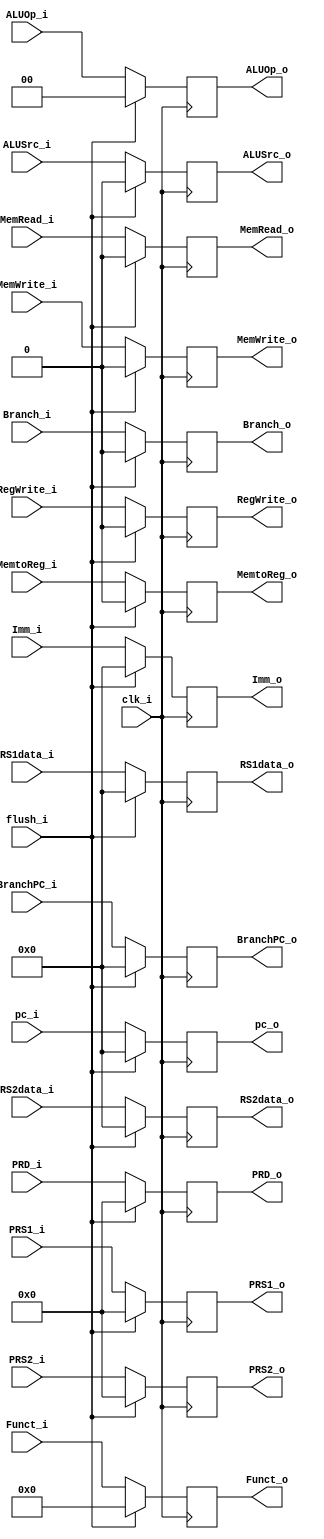
//add pc and Branchpc
module IDEX
(
    //WriteReg for data to write register, RegWrite for RegWrite signal; PRS1,2 are Instruction[19:15] 
    //and Instruction[24:20],PRDf is for instruction[11-7]
    RS1data_i, RS2data_i, Imm_i, Funct_i, RegWrite_i, MemtoReg_i, MemRead_i, MemWrite_i, ALUOp_i,
    ALUSrc_i,PRS1_i, PRS2_i, PRD_i,clk_i,Branch_i,pc_i,BranchPC_i,flush_i,

    RS1data_o, RS2data_o, Imm_o, Funct_o, RegWrite_o, MemtoReg_o, MemRead_o, MemWrite_o,
    ALUOp_o, ALUSrc_o, PRS1_o, PRS2_o, PRD_o,Branch_o,pc_o,BranchPC_o
);
input [31:0] RS1data_i, RS2data_i, Imm_i,pc_i,BranchPC_i;
input RegWrite_i, MemtoReg_i, MemRead_i, MemWrite_i, ALUSrc_i, clk_i,Branch_i,flush_i;
input [1:0] ALUOp_i;
input [4:0] PRS1_i,PRS2_i,PRD_i;
input [9:0] Funct_i;

output [31:0] RS1data_o, RS2data_o, Imm_o,pc_o;
output RegWrite_o, MemtoReg_o, MemRead_o, MemWrite_o, ALUSrc_o,Branch_o;
output [1:0] ALUOp_o;
output [4:0] PRS1_o,PRS2_o,PRD_o;
output [9:0] Funct_o;
output reg [31:0] BranchPC_o;
reg [31:0] RS1data_r, RS2data_r, Imm_r,pc_r;
reg RegWrite_r, MemtoReg_r, MemRead_r, MemWrite_r, ALUSrc_r,Branch_r;
reg [1:0] ALUOp_r;
reg [4:0] PRS1_r, PRS2_r, PRD_r;
reg [9:0] Funct_r;
initial begin
    RS1data_r=0;
    RS2data_r=0;
    Imm_r=0;
    RegWrite_r=0;
    MemtoReg_r=0;
    MemRead_r=0;
    MemWrite_r=0;
    ALUSrc_r=0;
    ALUOp_r=0;
    PRS1_r=0;
    PRS2_r=0;
    PRD_r=0;
    Funct_r=0;
    Branch_r=0;
    pc_r=0;
    BranchPC_o=0;
end

assign RS1data_o = RS1data_r, RS2data_o = RS2data_r, Imm_o=Imm_r, RegWrite_o=RegWrite_r,MemtoReg_o=MemtoReg_r,MemRead_o=MemRead_r, MemWrite_o=MemWrite_r,ALUSrc_o=ALUSrc_r,ALUOp_o=ALUOp_r,PRS1_o=PRS1_r,PRS2_o=PRS2_r,PRD_o=PRD_r,Funct_o=Funct_r,Branch_o=Branch_r,pc_o=pc_r;

always @ (posedge clk_i) begin
    if(flush_i==1) begin
        RS1data_r<=0;
        RS2data_r<=0;
        Imm_r<=0;
        RegWrite_r<=0;
        MemtoReg_r<=0;
        MemRead_r<=0;
        MemWrite_r<=0;
        ALUSrc_r<=0;
        ALUOp_r<=0;
        PRS1_r<=0;
        PRS2_r<=0;
        PRD_r<=0;
        Funct_r<=0;
        Branch_r<=0;
        pc_r<=0;
        BranchPC_o<=0;
    end
    else begin
        RS1data_r<=RS1data_i;
        RS2data_r<=RS2data_i;
        Imm_r<=Imm_i;
        RegWrite_r<=RegWrite_i;
        MemtoReg_r<=MemtoReg_i;
        MemRead_r<=MemRead_i;
        MemWrite_r<=MemWrite_i;
        ALUSrc_r<=ALUSrc_i;
        ALUOp_r<=ALUOp_i;
        PRS1_r<=PRS1_i;
        PRS2_r<=PRS2_i;
        PRD_r<=PRD_i;
        Funct_r<=Funct_i;
        Branch_r<=Branch_i;
        pc_r<=pc_i;
        BranchPC_o<=BranchPC_i;
    end

    
end

endmodule